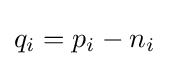
q_{i}=p_{i}-n_{i}